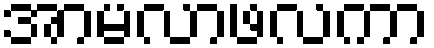
အာမလာဖလကာ